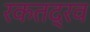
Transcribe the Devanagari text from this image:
रकतद्रव